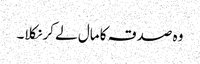
وہ صدقہ کا مال لے کر نکلا۔